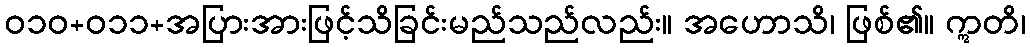
ဝ၁၀+၀၁၁+အပြားအားဖြင့်သိခြင်းမည်သည်လည်း။ အဟောသိ၊ ဖြစ်၏။ ဣတိ၊